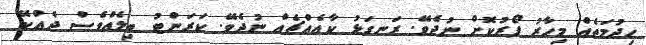
ހިދުމަތެއް މިހާރު ފޯރުކޮށް ނުދެވޭ. ރަނގަޅު ކާއެއްޗެއް ނުދެވޭ. ކަރަންޓު ބިލެއްވެސް ދެއްކޭ